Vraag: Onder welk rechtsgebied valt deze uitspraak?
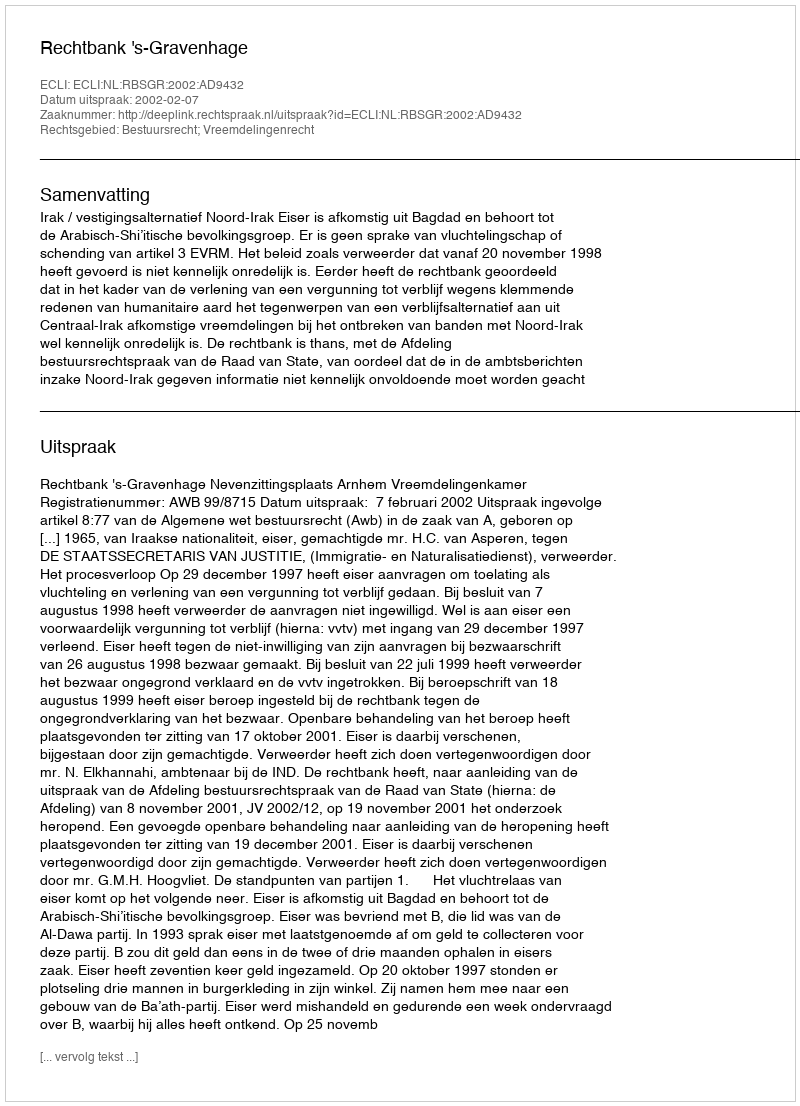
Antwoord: Bestuursrecht; Vreemdelingenrecht